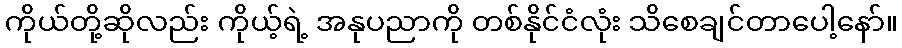
ကိုယ်တို့ဆိုလည်း ကိုယ့်ရဲ့ အနုပညာကို တစ်နိုင်ငံလုံး သိစေချင်တာပေါ့နော်။